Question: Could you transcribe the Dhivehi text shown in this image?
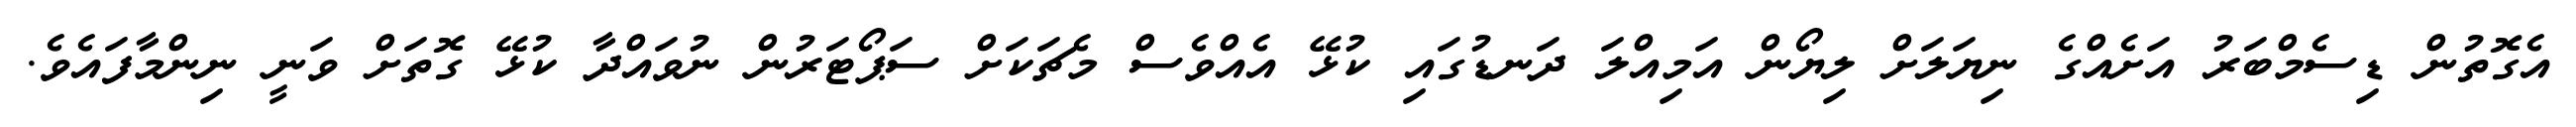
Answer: އެގޮތުން ޑިސެމްބަރު އަށެއްގެ ނިޔަލަށް ލިޔޯން އަމިއްލަ ދަނޑުގައި ކުޅޭ އެއްވެސް މެޗަކަށް ސަޕޯޓަރުން ނުވައްދާ ކުޅޭ ގޮތަށް ވަނީ ނިންމާފައެވެ.